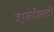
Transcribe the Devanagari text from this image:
बर्केबिलटी